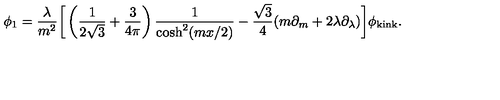
\phi _ { 1 } = \frac { \lambda } { m ^ { 2 } } { \bigg [ } \left( \frac { 1 } { 2 \sqrt { 3 } } + \frac { 3 } { 4 \pi } \right) \frac { 1 } { \cosh ^ { 2 } ( m x / 2 ) } - \frac { \sqrt { 3 } } { 4 } ( m \partial _ { m } + 2 \lambda \partial _ { \lambda } ) { \bigg ] } \phi _ { \mathrm { k i n k } } .